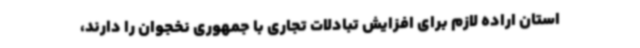
استان اراده لازم برای افزایش تبادلات تجاری با جمهوری نخجوان را دارند،